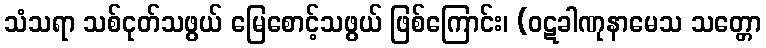
သံသရာ သစ်ငုတ်သဖွယ် မြေစောင့်သဖွယ် ဖြစ်ကြောင်း၊ (ဝဋခါဏုနာမေသ သတ္တော